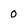
Character: 0